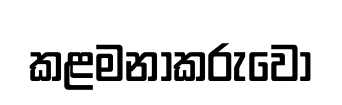
කළමනාකරුවෝ